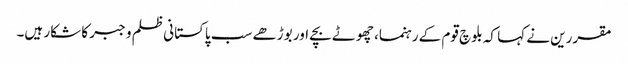
مقررین نے کہا کہ بلوچ قوم کے رہنما، چھوٹے بچے اور بوڑھے سب پاکستانی ظلم و جبر کا شکار ہیں۔